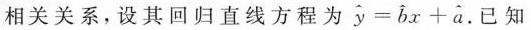
相关关系，设其回归直线方程为 $$\widehat{y} = \widehat{b} x + \widehat{a}$$. 已知